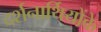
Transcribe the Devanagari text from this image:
दर्शनार्थियोंके